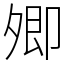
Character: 𡖖